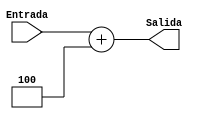
`timescale 1ns/1ns

module Sumador(
	input [31:0]Entrada,

	output [31:0]Salida
);

assign Salida = Entrada + 32'd4;

endmodule